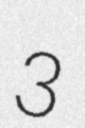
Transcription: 3